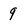
Character: 9